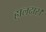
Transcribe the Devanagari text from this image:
हालदार।